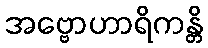
အဗ္ဗောဟာရိကန္တိ